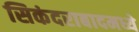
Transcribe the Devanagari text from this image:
सिकंदराबादमध्ये